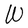
Character: W